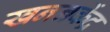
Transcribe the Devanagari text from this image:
खननकेंद्र